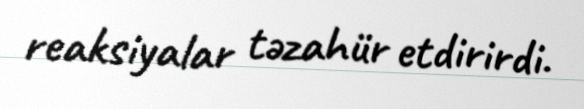
reaksiyalar təzahür etdirirdi.